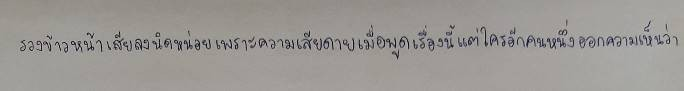
รวงข้าวหน้าเสียลงนิดหน่อยเพราะความเสียดายเมื่อพูดเรื่องนี้แต่ใครอีกคนหนึ่งออกความเห็นว่า